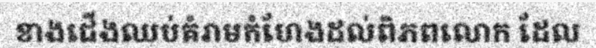
ខាងជើងឈប់គំរាមកំហែងដល់ពិភពលោក ដែល